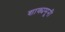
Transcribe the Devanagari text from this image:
शाक्यमूनी